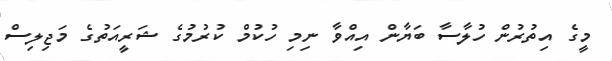
މީގެ އިތުރުން ހުލާސާ ބަޔާން އިއްވާ ނިމި ހުކުމް ކުރުމުގެ ޝަރީއަތުގެ މަޖިލިސް